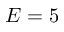
E = 5